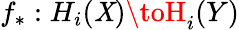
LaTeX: f_{*}:H_{i}(\mathit{X})\toH_{i}(Y)